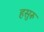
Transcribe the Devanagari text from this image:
हसुरू